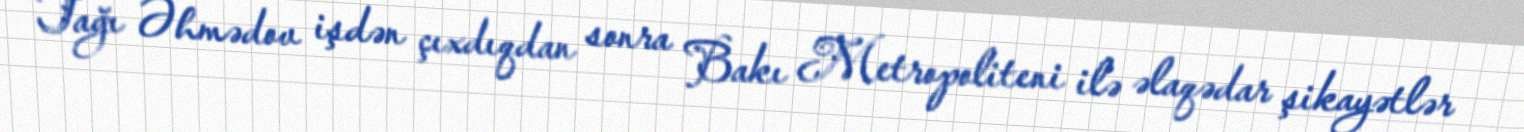
Tağı Əhmədov işdən çıxdıqdan sonra Bakı Metropoliteni ilə əlaqədar şikayətlər